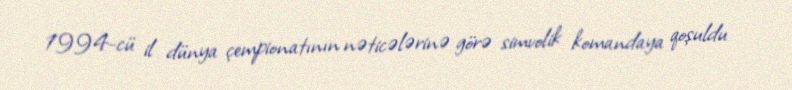
1994-cü il dünya çempionatının nəticələrinə görə simvolik komandaya qoşuldu